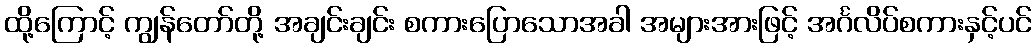
ထို့ကြောင့် ကျွန်တော်တို့ အချင်းချင်း စကားပြောသောအခါ အများအားဖြင့် အင်္ဂလိပ်စကားနှင့်ပင်